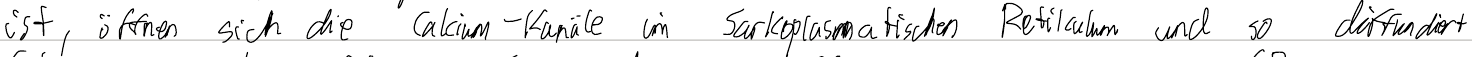
ist, öffnen sich die Calcium-Kanäle im Sarkoplasmatischen Retikulum und so diffundiert